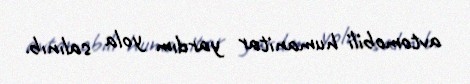
avtomobili humanitar yardım yola salınıb.